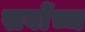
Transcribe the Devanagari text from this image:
सर्वाेच्च